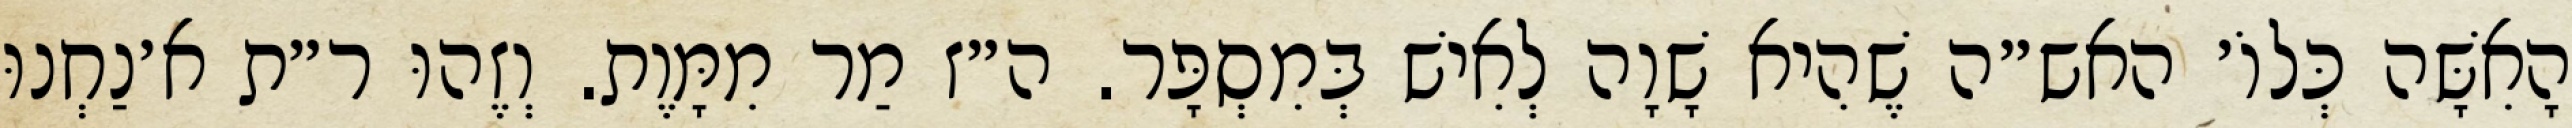
הָאִשָּׁה כְּלוֹ׳ האש״ה שֶׁהִיא שָׁוָה לְאִישׁ בְּמִסְפָּר. ה״ז מַר מִמָּוֶת. וְזֶהוּ ר״ת א׳נַחְנוּ